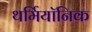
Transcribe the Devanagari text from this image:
थर्मियॉनिक